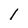
Character: l